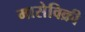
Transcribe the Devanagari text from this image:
मासेविक्री